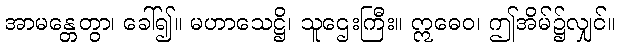
အာမန္တေတွာ၊ ခေါ်၍။ မဟာသေဋ္ဌိ၊ သူဌေးကြီး။ ဣဓေဝ၊ ဤအိမ်၌လျှင်။